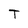
Character: T